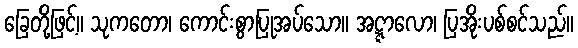
ခြေတို့ဖြင့်။ သုကတော၊ ကောင်းစွာပြုအပ်သော။ အဋ္ဋာလော၊ ပြအိုးပစ်စင်သည်။